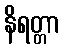
နိရတ္တာ